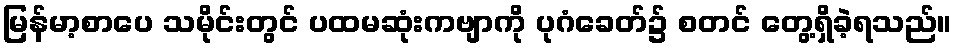
မြန်မာ့စာပေ သမိုင်းတွင် ပထမဆုံးကဗျာကို ပုဂံခေတ်၌ စတင် တွေ့ရှိခဲ့ရသည်။